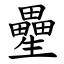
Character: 㽮